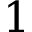
1